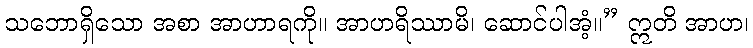
သဘောရှိသော အစာ အာဟာရကို။ အာဟရိဿာမိ၊ ဆောင်ပါအံ့။” ဣတိ အာဟ၊